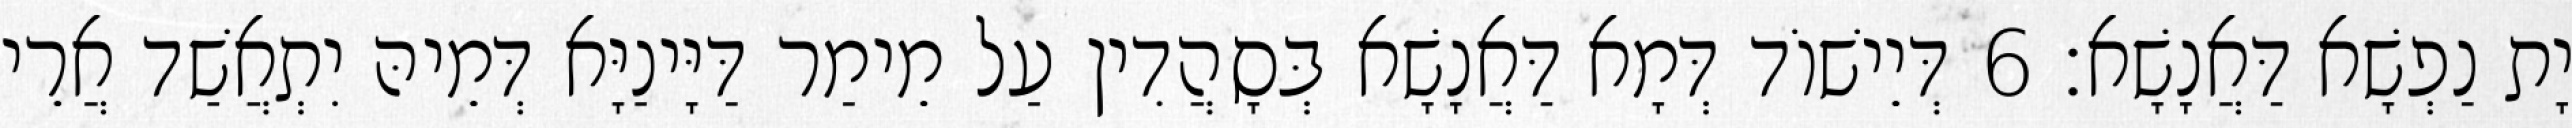
יָת נַפְשָׁא דַּאֲנָשָׁא׃ 6 דְּיֵישׁוֹד דְּמָא דַּאֲנָשָׁא בְּסָהֲדִין עַל מֵימַר דַּיָּינַיָּא דְּמֵיהּ יִתְאֲשַׁד אֲרֵי